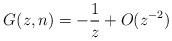
LaTeX: \begin{align*} G(z,n)=-\frac{1}{z} +O(z^{-2})\end{align*}